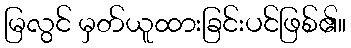
မြလွင် မှတ်ယူထားခြင်းပင်ဖြစ်၏။